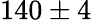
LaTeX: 140\pm 4